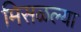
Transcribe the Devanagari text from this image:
मिसळल्या